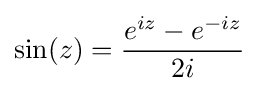
\sin(z)={\frac {e^{iz}-e^{-iz}}{2i}}